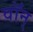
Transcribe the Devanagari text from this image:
वॉन्